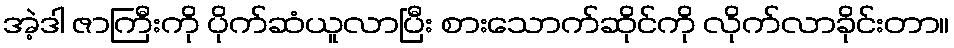
အဲ့ဒါ ဇာကြီးကို ပိုက်ဆံယူလာပြီး စားသောက်ဆိုင်ကို လိုက်လာခိုင်းတာ။